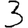
Digit: 3